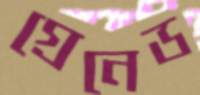
গ্রেনেড